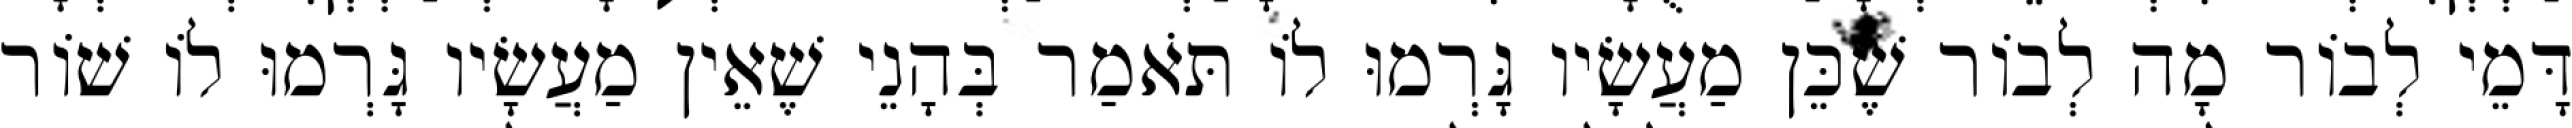
דָּמֵי לְבוֹר מָה לְבוֹר שֶׁכֵּן מַעֲשָׂיו גָּרְמוּ לוֹ תֹּאמַר בְּהָנֵי שֶׁאֵין מַעֲשָׂיו גָּרְמוּ לוֹ שׁוֹר